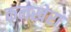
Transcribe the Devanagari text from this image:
कनखेरा